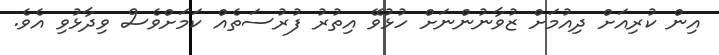
އިން ކުރިއަށް ދިއުމަށް ޒުވާނުންނަށް ހުޅުވޭ އިތުރު ފުރުސަތެއް ކަމަށްވެސް ވިދާޅުވި އެވެ.